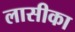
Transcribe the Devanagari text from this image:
लासीका